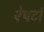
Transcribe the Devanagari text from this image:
ऐपर्टा